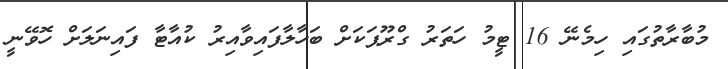
މުބާރާތުގައި ހިމެނޭ 16 ޓީމު ހަތަރު ގްރޫޕަކަށް ބަހާލާފައިވާއިރު ކުއާޓާ ފައިނަލަށް ހޮވޭނީ